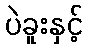
ပဲခူးနှင့်